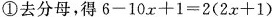
①去分母，得$$6-10x+1=2(2x+1)$$